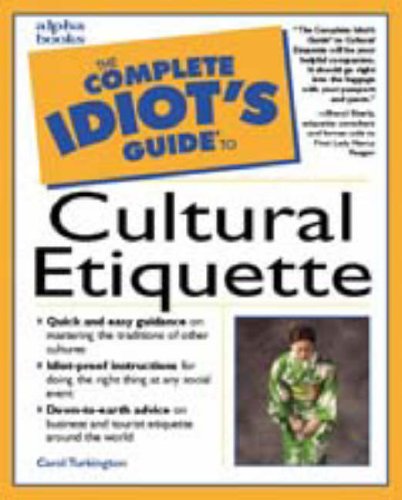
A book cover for The Complete Idiot's Guide to Cultural Etiquette; Travel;